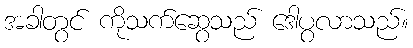
အခါတွင် ကိုသက်ဆွေသည် ဒေါပွလာသည်။